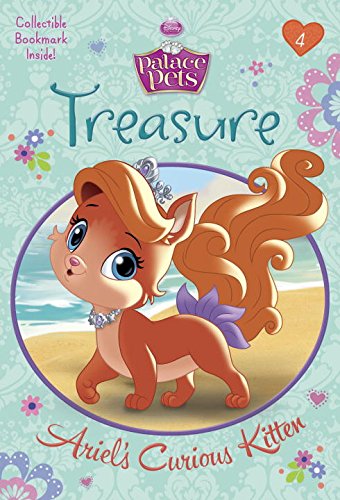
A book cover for Treasure: Ariel's Curious Kitten (Disney Princess: Palace Pets) (A Stepping Stone Book(TM)); Tennant Redbank; Children's Books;